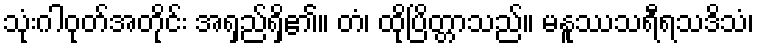
သုံးဂါဝုတ်အတိုင်း အရှည်ရှိ၏။ တံ၊ ထိုပြိတ္တာသည်။ မနူဿသရီရသဒိသံ၊